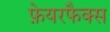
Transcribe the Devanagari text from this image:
फ़ेयरफैक्स